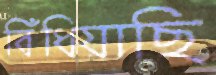
বিঁধিয়াছি